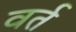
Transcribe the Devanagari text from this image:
वर्त